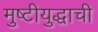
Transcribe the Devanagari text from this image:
मुष्टीयुद्धाची